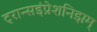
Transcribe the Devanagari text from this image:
ट्रान्सइंप्रेशनिझम्